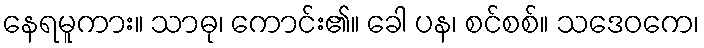
နေရမူကား။ သာဓု၊ ကောင်း၏။ ခေါ ပန၊ စင်စစ်။ သဒေဝကေ၊